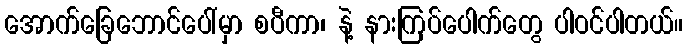
အောက်ခြေဘောင်ပေါ်မှာ စပီကာ၊ နဲ့ နားကြပ်ပေါက်တွေ ပါဝင်ပါတယ်။